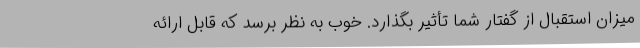
میزان استقبال از گفتار شما تأثیر بگذارد. خوب به نظر برسد که قابل ارائه